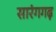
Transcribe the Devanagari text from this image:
सारंगगढ़